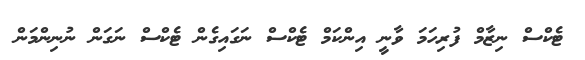
ޓެކްސް ނިޒާމް ފުރިހަމަ ވާނީ އިންކަމް ޓެކްސް ނަގައިގެން ޓެކްސް ނަގަން ނުނިންމަން